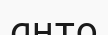
анто